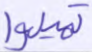
تميلوا